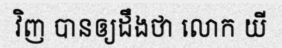
វិញ បានឲ្យដឹងថា លោក យី